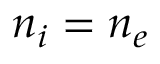
n _ { i } = n _ { e }